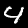
Digit: 4